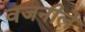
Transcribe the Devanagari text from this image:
वजनीले